Vaccination in Burma 1900-1911 - 1900-1911
Year: 1900
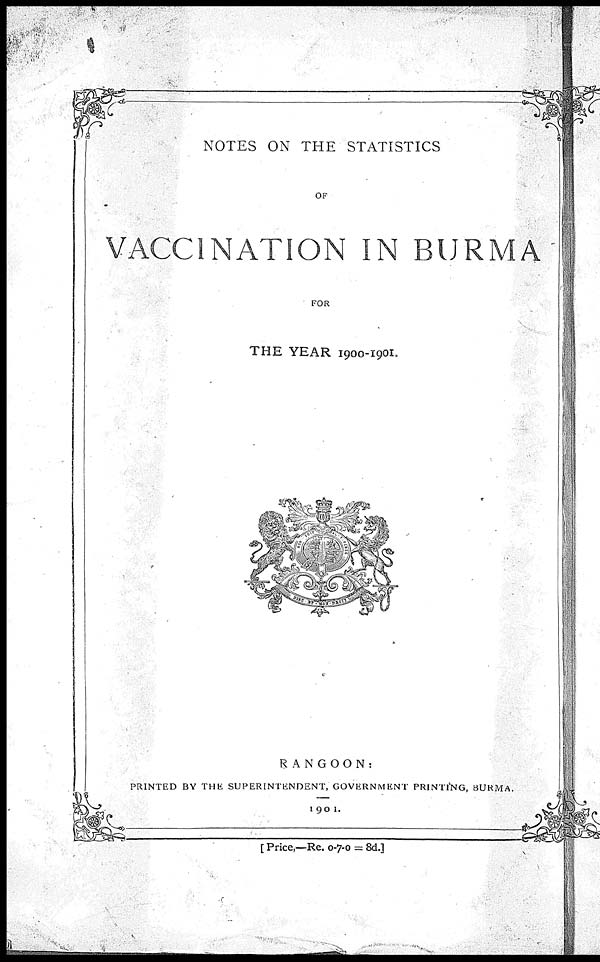
NOTES ON THE STATISTICS
OF
VACCINATION IN BURMA
FOR
THE YEAR 1900-1901.
RANGOON:
PRINTED BY THE SUPERINTENDENT, GOVERNMENT PRINTING, BURMA.
1901.
[ Price,—Re. 0-7-0 = 8d.]